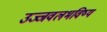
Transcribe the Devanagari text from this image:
उज्जवलभविष्य